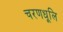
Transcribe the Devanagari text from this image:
चरणधूलि